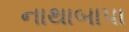
નાથાબાપા